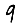
Digit: 9